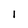
Character: 1